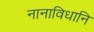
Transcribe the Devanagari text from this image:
नानाविधानि